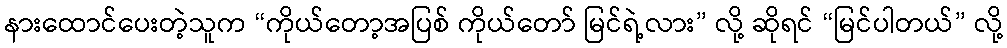
နားထောင်ပေးတဲ့သူက “ကိုယ်တော့အပြစ် ကိုယ်တော် မြင်ရဲ့လား” လို့ ဆိုရင် “မြင်ပါတယ်” လို့